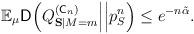
LaTeX: \begin{align*}\mathbb{E}_\mu\mathsf{D}\Big(Q^{(\mathsf{C}_n)}_{\mathbf{S}|M=m}\Big|\Big|p_S^n\Big)\leq e^{-n\tilde{\alpha}}.\end{align*}